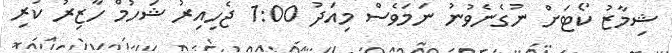
ޝިމާޒު ކޯޓަށް ނުގެނެވުނު ނަމަވެސް މިއަދު 1:00 ޖެހިއިރު ޝަހުމް ހާޒިރު ކުރި